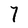
Character: 7